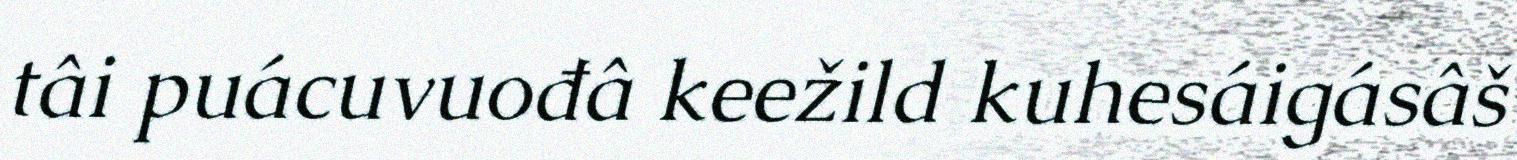
tâi puácuvuođâ keežild kuhesáigásâš